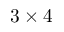
3 \times 4